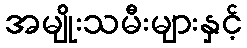
အမျိုးသမီးများနှင့်